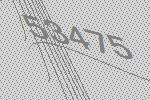
53475